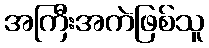
အကြီးအကဲဖြစ်သူ